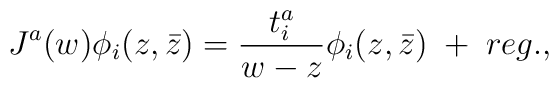
J^a(w)\phi_i(z,\bar z)={t^a_i\over w-z}\phi_i(z,\bar z)\;+\;reg.,